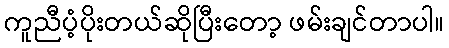
ကူညီပံ့ပိုးတယ်ဆိုပြီးတော့ ဖမ်းချင်တာပါ။